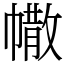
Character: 𢄻